Annual report on the Civil Veterinary Department, Burma (including the Insein Veterinary School) - 1932-1941
Year: 1932
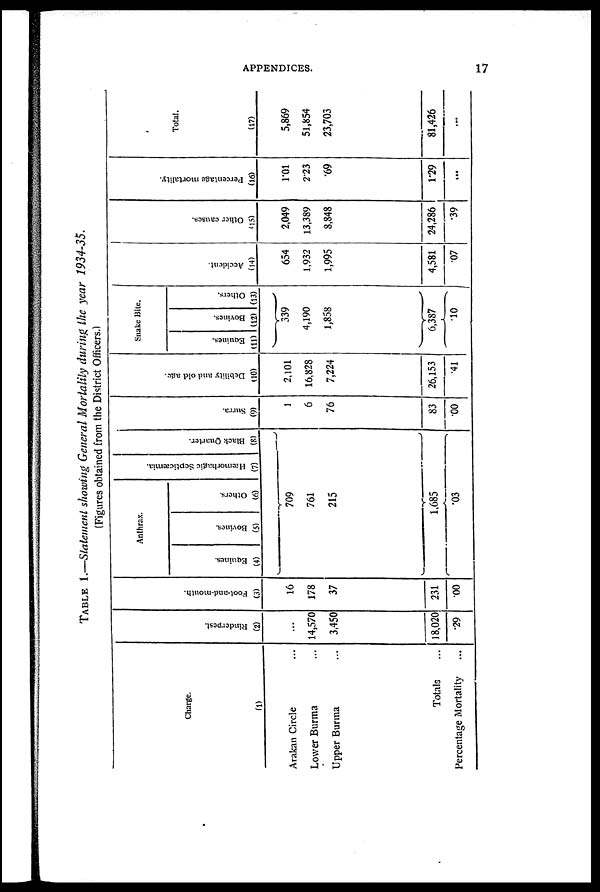
APPENDICES.
17
TABLE 1.—Statement showing General Mortality during the year 1934-35.
(Figures obtained from the District Officers.)
Charge.
(1)
Arakan Circle ...
Lower Burma ...
Upper Burma ...
Totals ...
Percentage Mortality ...
Rinderpest.
(2)
...
14,570
3,450
18,020
29
Foot-and-mouth.
(3)
16
178
37
231
00
Anthrax.
Equines.
(4)
Bovines.
(5)
Others.
(6)
Hæmorhugic Septicæmia.
(7)
Black Quarter.
(8)
709
761
215
1,685
03
Surra.
(9)
1
6
76
83
00
Debility and old age.
(10)
2,101
16,828
7,224
26,153
41
Snake Bite.
Equines.
(11)
Bovines.
(12)
Others.
(13)
339
4,190
1,858
6,387
10
Accident.
(14)
654
1,932
1,995
4,581
.07
Other causes.
(15)
2,049
13,389
8,848
24,286
.39
Percentage mortality.
(16)
1.01
2.23
.69
1.29
...
Total.
(17)
5,869
51,854
23,703
81,426
...